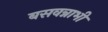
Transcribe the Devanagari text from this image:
बसवन्नाभी